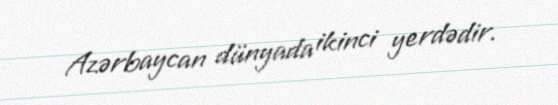
Azərbaycan dünyada ikinci yerdədir.